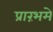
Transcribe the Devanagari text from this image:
प्रारंभमे